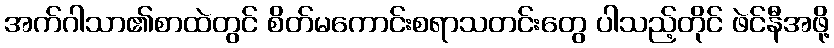
အက်ဂါသာ၏စာထဲတွင် စိတ်မကောင်းစရာသတင်းတွေ ပါသည့်တိုင် ဖဲင်နီအဖို့